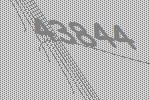
43844